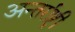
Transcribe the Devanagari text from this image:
अन्तर्राष्ट्री